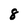
Character: 8